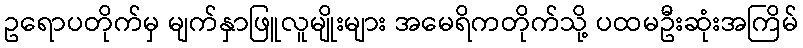
ဥရောပတိုက်မှ မျက်နှာဖြူလူမျိုးများ အမေရိကတိုက်သို့ ပထမဦးဆုံးအကြိမ်